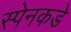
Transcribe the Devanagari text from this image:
स्पेनकडे